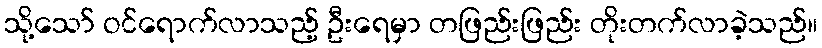
သို့သော် ဝင်ရောက်လာသည့် ဦးရေမှာ တဖြည်းဖြည်း တိုးတက်လာခဲ့သည်။